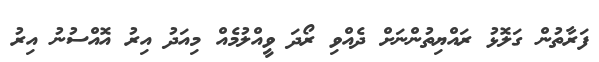
ފަރާތުން ގަލޮޅު ރައްޔިތުންނަށް ދެއްވި ރޯދަ ވީއްލުމެއް މިއަދު އިރު އޮއްސުނު އިރު